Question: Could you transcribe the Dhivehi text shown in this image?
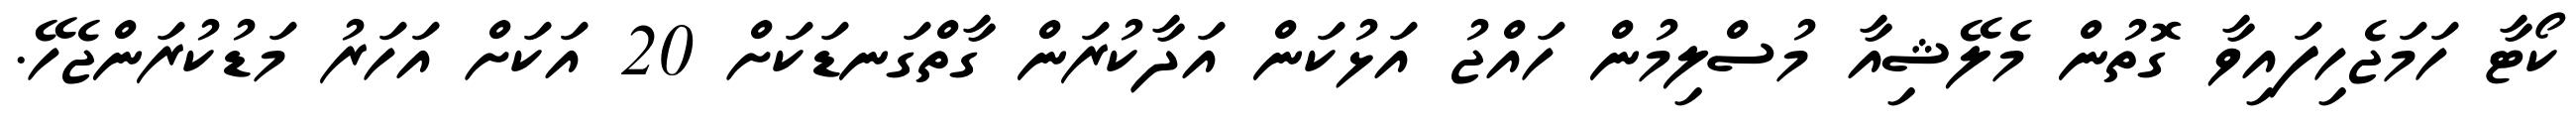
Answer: ކޯޓާ ހަމަޖެހިފައިވާ ގޮތުން މެލޭޝިއާ މުސްލިމުން ހައްޖު އަޅުކަން އަދާކުރަން ގާތްގަނޑަކަށް 20 އަކަށް އަހަރު މަޑުކުރަންޖެހޭ.